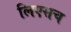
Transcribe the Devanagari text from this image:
लिएसच